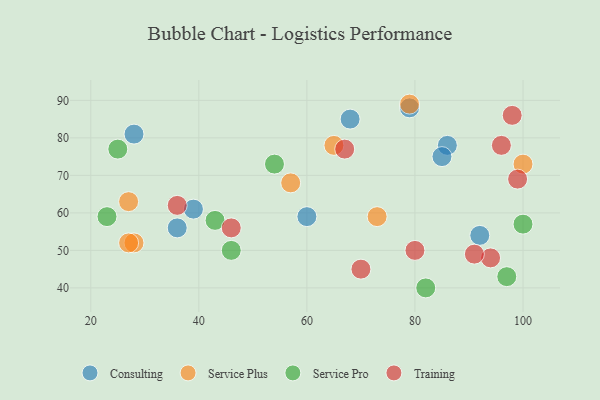
{"axis": {"x": "GDP", "y": "Life Expectancy"}, "legend": ["Consulting", "Service Plus", "Service Pro", "Training"], "data": [{"x": "92", "y": 54, "type": "Consulting"}, {"x": "86", "y": 78, "type": "Consulting"}, {"x": "36", "y": 56, "type": "Consulting"}, {"x": "68", "y": 85, "type": "Consulting"}, {"x": "28", "y": 81, "type": "Consulting"}, {"x": "79", "y": 88, "type": "Consulting"}, {"x": "85", "y": 75, "type": "Consulting"}, {"x": "39", "y": 61, "type": "Consulting"}, {"x": "60", "y": 59, "type": "Consulting"}, {"x": "28", "y": 52, "type": "Service Plus"}, {"x": "100", "y": 73, "type": "Service Plus"}, {"x": "79", "y": 89, "type": "Service Plus"}, {"x": "57", "y": 68, "type": "Service Plus"}, {"x": "65", "y": 78, "type": "Service Plus"}, {"x": "27", "y": 63, "type": "Service Plus"}, {"x": "73", "y": 59, "type": "Service Plus"}, {"x": "27", "y": 52, "type": "Service Plus"}, {"x": "43", "y": 58, "type": "Service Pro"}, {"x": "97", "y": 43, "type": "Service Pro"}, {"x": "82", "y": 40, "type": "Service Pro"}, {"x": "23", "y": 59, "type": "Service Pro"}, {"x": "46", "y": 50, "type": "Service Pro"}, {"x": "100", "y": 57, "type": "Service Pro"}, {"x": "25", "y": 77, "type": "Service Pro"}, {"x": "54", "y": 73, "type": "Service Pro"}, {"x": "98", "y": 86, "type": "Training"}, {"x": "80", "y": 50, "type": "Training"}, {"x": "96", "y": 78, "type": "Training"}, {"x": "94", "y": 48, "type": "Training"}, {"x": "99", "y": 69, "type": "Training"}, {"x": "67", "y": 77, "type": "Training"}, {"x": "36", "y": 62, "type": "Training"}, {"x": "91", "y": 49, "type": "Training"}, {"x": "70", "y": 45, "type": "Training"}, {"x": "46", "y": 56, "type": "Training"}]}